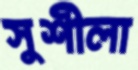
সুশীলা